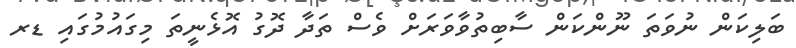
ބަލިކަން ނުވަތަ ނޫންކަން ސާބިތުވާވަރަށް ވެސް ތަދާ ދޮގު އޮޅެނީތަ މިގައުމުގައި ޑރ